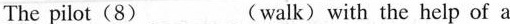
The pilot(8)___(walk) with the help of a